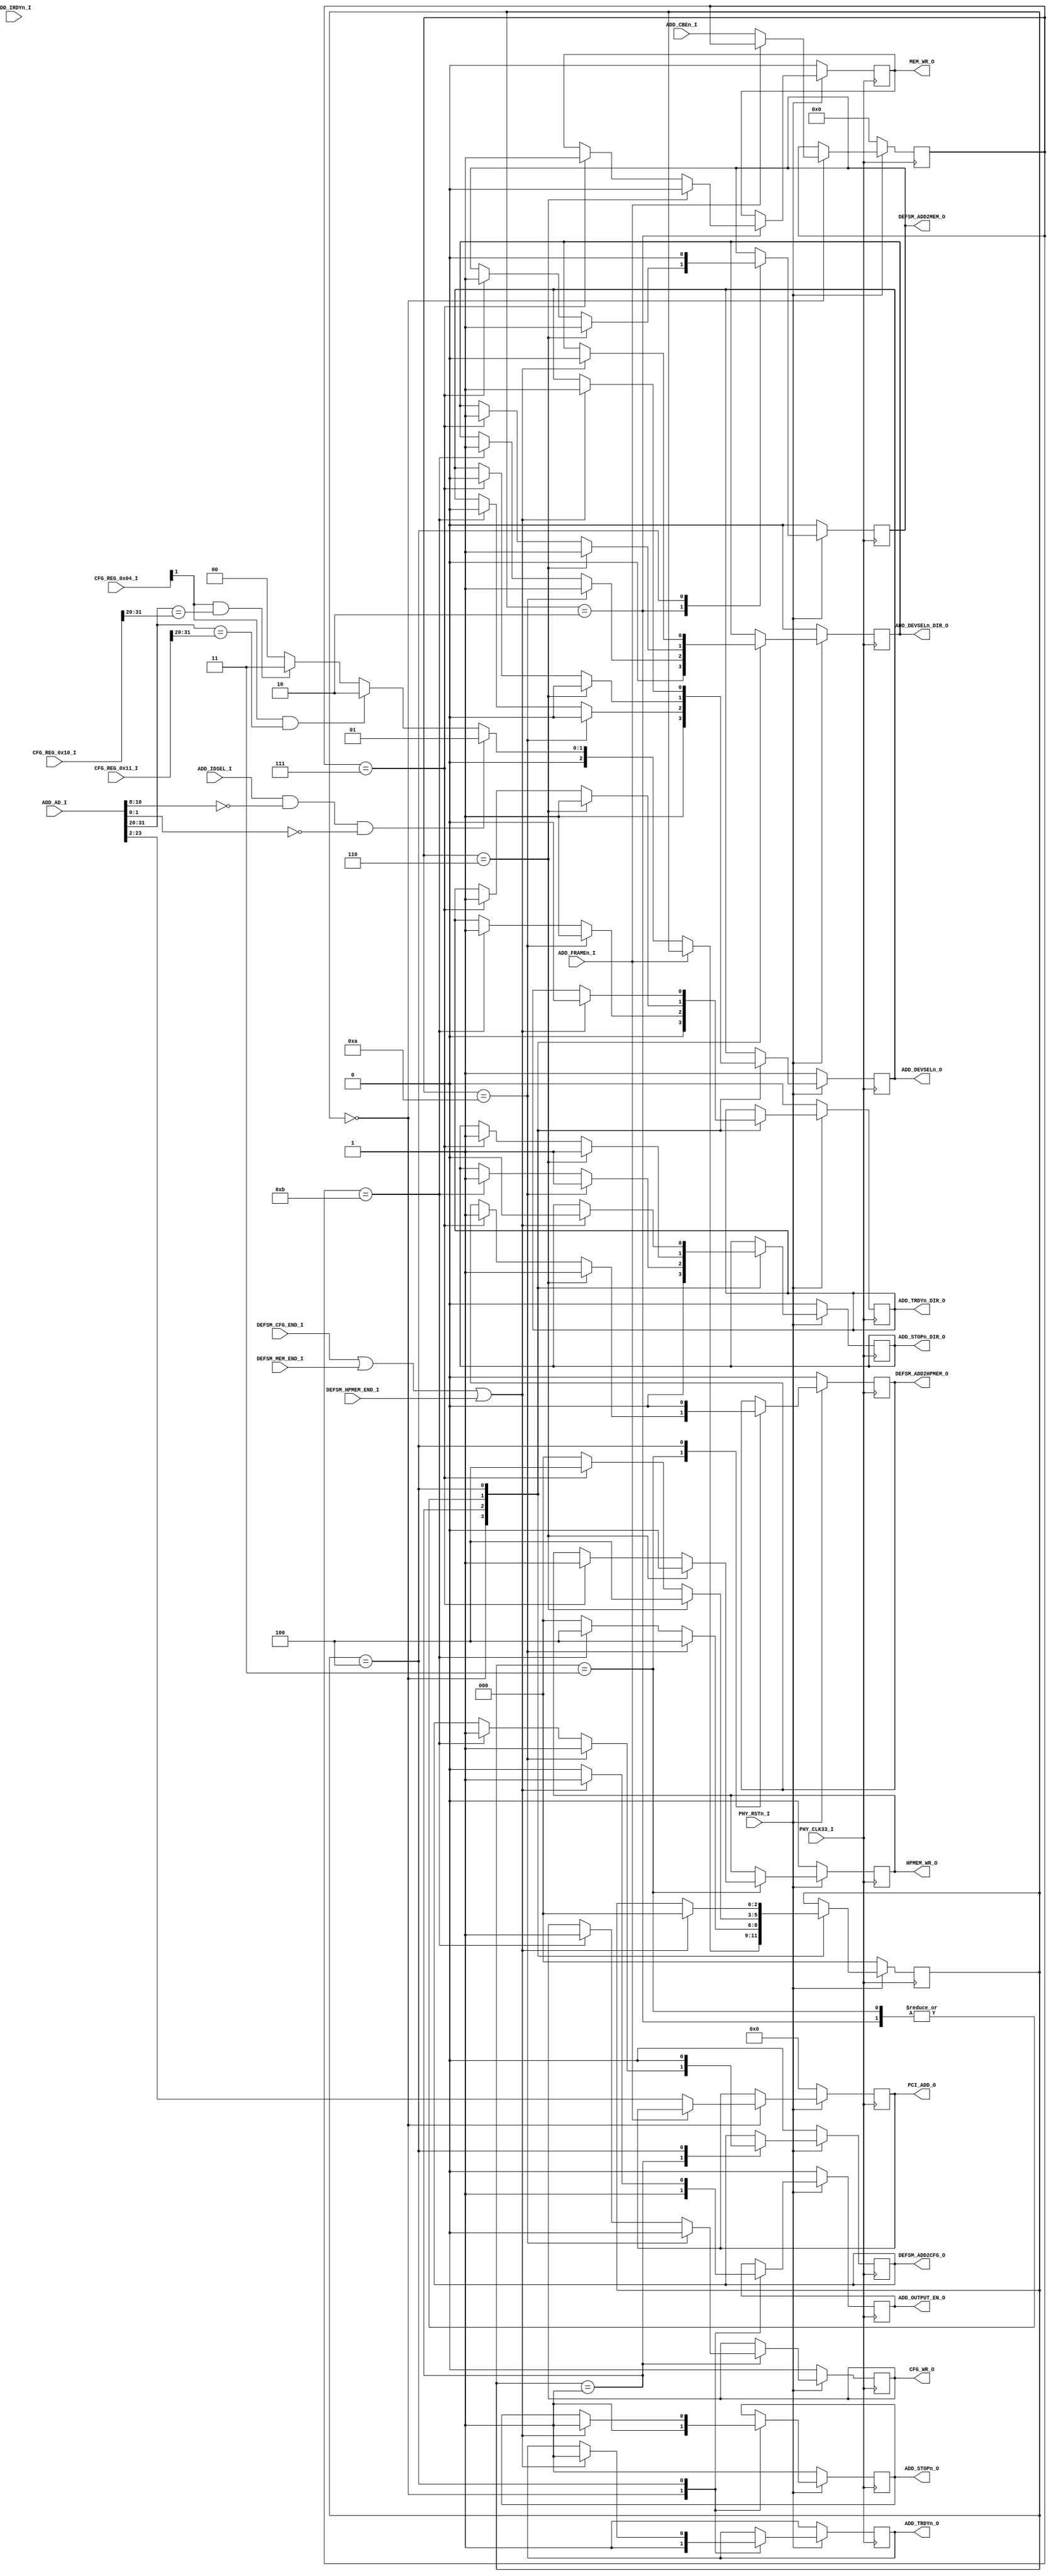
`timescale 1ns / 1ps
//////////////////////////////////////////////////////////////////////////////////
// Company: 
// 
// Design Name: 
// Module Name: PCI_DEFSM_ADD_DECODER
// Project Name: 
// Target Devices: 
// Tool Versions: 
// Description: 
// 
// Dependencies: 
// 
// Revision:
// Revision 0.01 - File Created
// Additional Comments:
// 
//////////////////////////////////////////////////////////////////////////////////


module PCI_DEFSM_ADD_DECODER(
	input PHY_CLK33_I,
	input PHY_RSTn_I,
	
	// PARTIAL FSM SIGNAL //
	
	output reg DEFSM_ADD2CFG_O = 0,
	output reg CFG_WR_O = 0,
	input 	   DEFSM_CFG_END_I,
	
	output reg DEFSM_ADD2MEM_O = 0,
	output reg MEM_WR_O = 0,
	input 	   DEFSM_MEM_END_I,
	
	output reg DEFSM_ADD2HPMEM_O = 0,
	output reg HPMEM_WR_O = 0,
	input 	   DEFSM_HPMEM_END_I,
	
	output reg ADD_OUTPUT_EN_O = 0,
	// CFG_REGISTER
	input [31:0] CFG_REG_0x04_I,
	input [31:0] CFG_REG_0x10_I,
	input [31:0] CFG_REG_0x11_I,
	
	// PCI_ADD DECODED
	output reg [23:2] PCI_ADD_O = 0,
	
	//GENERAL SIGNALS 
	input ADD_IDSEL_I,
	
	input  ADD_FRAMEn_I,
	input  ADD_IRDYn_I,
	
	output reg   ADD_TRDYn_O = 1,
	output reg   ADD_TRDYn_DIR_O = 0,
	output reg   ADD_DEVSELn_O = 1,
	output reg   ADD_DEVSELn_DIR_O = 0,
	output reg   ADD_STOPn_O = 1 ,
	output reg   ADD_STOPn_DIR_O = 0,

	input [31:0]  ADD_AD_I,
	input [3:0] ADD_CBEn_I
	
    );
	
	
	/* +-------------------------------------------------------+
	---|					PCI COMMAND                        |
	---+-------------------------------------------------------+ */
	
	localparam CFGREAD  = 4'b1010;
	localparam CFGWRITE = 4'b1011;
	localparam MEMREAD  = 4'b0110;
	localparam MEMWRITE = 4'b0111;
	
	/* +-------------------------------------------------------+
	---|					PARTIAL STATE MACHINES             |
	---+-------------------------------------------------------+ */
	localparam IDLE = 0;
	localparam CFG_ADD_DECODE = 1;
	localparam MEM_ADD_DECODE = 2;
	localparam HPMEM_ADD_DECODE = 3;
	localparam ADD_DECODED = 4;
	localparam ADD_ANALYZE = 5;
	reg [2:0] ADD_STATE = IDLE;
	reg [3:0] BUS_CMD = 0;
	reg [31:0] BUS_ADD = 0;
	reg BUS_IDSEL = 0;
	//wire MEM_ADD_SEL   = (ADD_AD_I[31:14] == CFG_REG_0x11_I[31:14]);
	//wire HPMEM_ADD_SEL = (ADD_AD_I[31:14] == CFG_REG_0x10_I[31:14]);
	reg MEM_ADD_SEL = 0;
	reg HPMEM_ADD_SEL = 0;
	always @(posedge PHY_CLK33_I)
		if ( PHY_RSTn_I == 0)
			begin
				DEFSM_ADD2CFG_O = 0;
				CFG_WR_O = 0;
	
				DEFSM_ADD2MEM_O = 0;
				MEM_WR_O = 0;
				
				DEFSM_ADD2HPMEM_O = 0;
				HPMEM_WR_O = 0;
				
				
				ADD_OUTPUT_EN_O = 0;
				
				
				
				
				PCI_ADD_O = 0;
				ADD_TRDYn_O = 1;
				ADD_TRDYn_DIR_O = 0;
				ADD_DEVSELn_O = 1;
				ADD_DEVSELn_DIR_O = 0;
				ADD_STOPn_O = 1;
				ADD_STOPn_DIR_O = 0;
				
				ADD_STATE = IDLE;
				BUS_CMD = 0;
				MEM_ADD_SEL = 0;
				HPMEM_ADD_SEL = 0;
			end
		else 
			begin
				case (ADD_STATE)
					IDLE :
						begin
							ADD_OUTPUT_EN_O = 1;
							
							ADD_TRDYn_O = 1;
							ADD_TRDYn_DIR_O = 0;
							
							ADD_DEVSELn_O = 1;
							ADD_DEVSELn_DIR_O = 0;
							ADD_STOPn_O = 1;
							ADD_STOPn_DIR_O = 0;	
							
											
							if (ADD_FRAMEn_I == 0)
								begin
									BUS_CMD = ADD_CBEn_I;
									BUS_ADD[31:0] = ADD_AD_I[31:0];
									BUS_IDSEL = ADD_IDSEL_I;
									PCI_ADD_O[23:2] = ADD_AD_I[23:2];
								    ADD_STATE = ADD_ANALYZE;
								//end
						//end
					//ADD_ANALYZE : 
									if (BUS_IDSEL == 1 && BUS_ADD[10:8] == 3'b000 
										&& BUS_ADD[1:0] == 2'b00)
										ADD_STATE = CFG_ADD_DECODE;
									else if (CFG_REG_0x04_I[1] == 1 && BUS_ADD[31:20] == CFG_REG_0x11_I[31:20] )
										ADD_STATE = MEM_ADD_DECODE;
									else if (CFG_REG_0x04_I[1] == 1 && BUS_ADD[31:20] == CFG_REG_0x10_I[31:20])
										
										/* begin
											if (BUS_CMD == MEMREAD)
												begin
													ADD_DEVSELn_DIR_O = 1;
													ADD_DEVSELn_O = 0;
													ADD_TRDYn_DIR_O = 1;
													ADD_STOPn_DIR_O = 1;
													
													DEFSM_ADD2HPMEM_O = 1;
													ADD_STATE = ADD_DECODED;
													HPMEM_WR_O = 0;
												end
											else if (BUS_CMD == MEMWRITE)
												begin
													ADD_DEVSELn_DIR_O = 1;
													ADD_DEVSELn_O = 0;
													ADD_TRDYn_DIR_O = 1;
													ADD_STOPn_DIR_O = 1;
													
													DEFSM_ADD2HPMEM_O = 1;
													ADD_STATE = ADD_DECODED;
													HPMEM_WR_O = 1;
												end
											else 
												ADD_STATE = IDLE;
										end */
										ADD_STATE = HPMEM_ADD_DECODE;
									else 
										ADD_STATE = IDLE;
							end
						end
					CFG_ADD_DECODE :
						begin
							if (BUS_CMD == CFGREAD)
								begin
									ADD_DEVSELn_DIR_O = 1;
									ADD_DEVSELn_O = 0;
									ADD_TRDYn_DIR_O = 1;
									ADD_STOPn_DIR_O = 1;
									
									ADD_STATE = ADD_DECODED;
									DEFSM_ADD2CFG_O = 1;
									CFG_WR_O = 0;
								end
							else if (BUS_CMD == CFGWRITE)
								begin
									ADD_DEVSELn_DIR_O = 1;
									ADD_DEVSELn_O = 0;
									ADD_TRDYn_DIR_O = 1;
									ADD_STOPn_DIR_O = 1;
									
									DEFSM_ADD2CFG_O = 1;
									ADD_STATE = ADD_DECODED;
									CFG_WR_O = 1;
								end
							else 
								ADD_STATE = IDLE;
						end
					MEM_ADD_DECODE :
						begin
							if (BUS_CMD == MEMREAD)
								begin
									ADD_DEVSELn_DIR_O = 1;
									ADD_DEVSELn_O = 0;
									ADD_TRDYn_DIR_O = 1;
									ADD_STOPn_DIR_O = 1;
									
									DEFSM_ADD2MEM_O = 1;
									ADD_STATE = ADD_DECODED;
									MEM_WR_O = 0;
								end
							else if (BUS_CMD == MEMWRITE)
								begin
									ADD_DEVSELn_DIR_O = 1;
									ADD_DEVSELn_O = 0;
									ADD_TRDYn_DIR_O = 1;
									ADD_STOPn_DIR_O = 1;
									
									DEFSM_ADD2MEM_O = 1;
									ADD_STATE = ADD_DECODED;
									MEM_WR_O = 1;
								end
							else 
								ADD_STATE = IDLE;
						end
					HPMEM_ADD_DECODE :
						begin
							/*if (ADD_IRDYn_I == 0)
								begin
									ADD_TRDYn_O = 0;
									ADD_TRDYn_DIR_O = 1;
									
								end
							if (ADD_FRAMEn_I == 1)
								ADD_STATE = IDLE;*/
							if (BUS_CMD == MEMREAD)
								begin
									ADD_DEVSELn_DIR_O = 1;
									ADD_DEVSELn_O = 0;
									ADD_TRDYn_DIR_O = 1;
									ADD_STOPn_DIR_O = 1;
									
									DEFSM_ADD2HPMEM_O = 1;
									ADD_STATE = ADD_DECODED;
									HPMEM_WR_O = 0;
								end
							else if (BUS_CMD == MEMWRITE)
								begin
									ADD_DEVSELn_DIR_O = 1;
									ADD_DEVSELn_O = 0;
									ADD_TRDYn_DIR_O = 1;
									ADD_STOPn_DIR_O = 1;
									
									DEFSM_ADD2HPMEM_O = 1;
									ADD_STATE = ADD_DECODED;
									HPMEM_WR_O = 1;
								end
							else 
								ADD_STATE = IDLE;
						end
					ADD_DECODED :
						begin
							ADD_OUTPUT_EN_O = 0; //grant bus - clock lag must be check
							DEFSM_ADD2CFG_O = 0;
							DEFSM_ADD2MEM_O = 0 ;
							DEFSM_ADD2HPMEM_O = 0;
							if (DEFSM_CFG_END_I == 1 || DEFSM_MEM_END_I == 1 || DEFSM_HPMEM_END_I == 1)
								begin
									ADD_STATE = IDLE;
									ADD_OUTPUT_EN_O = 1;
							
									ADD_TRDYn_O = 1;
									ADD_TRDYn_DIR_O = 0;
									ADD_DEVSELn_O = 1;
									ADD_DEVSELn_DIR_O = 0;
									ADD_STOPn_O = 1;
									ADD_STOPn_DIR_O = 0;	
								end
						end
				endcase
			end
endmodule